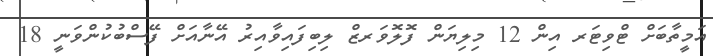
އަމީތާބަށް ޓްވިޓަރ އިން 12 މިލިޔަން ފޮލޮވަރޒް ލިބިފައިވާއިރު އޭނާއަށް ފޭސްބުކުންވަނީ 18